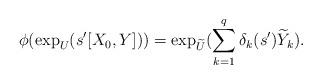
LaTeX: \begin{align*}\phi( \exp_U ( s'[X_0,Y])) = \exp_{\widetilde{U}} (\sum_{k=1}^q \delta_k (s') \widetilde{Y}_k).\end{align*}